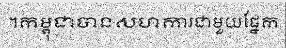
។កម្ពុជាបានសហការជាមួយផ្នែក